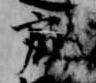
処